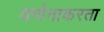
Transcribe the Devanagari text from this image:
वर्णनाकरता